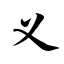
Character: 义